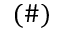
{ ( \# ) }